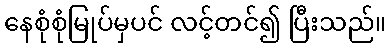
နေစုံစုံမြုပ်မှပင် လင့်တင်၍ ပြီးသည်။